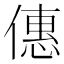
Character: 僡